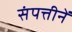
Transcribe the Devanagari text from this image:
संपत्तीनें